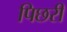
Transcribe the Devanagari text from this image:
पिछरी